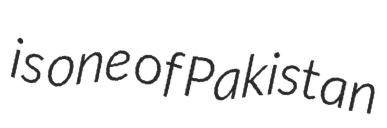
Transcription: is one of Pakistan